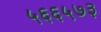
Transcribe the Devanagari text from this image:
५६६५७३